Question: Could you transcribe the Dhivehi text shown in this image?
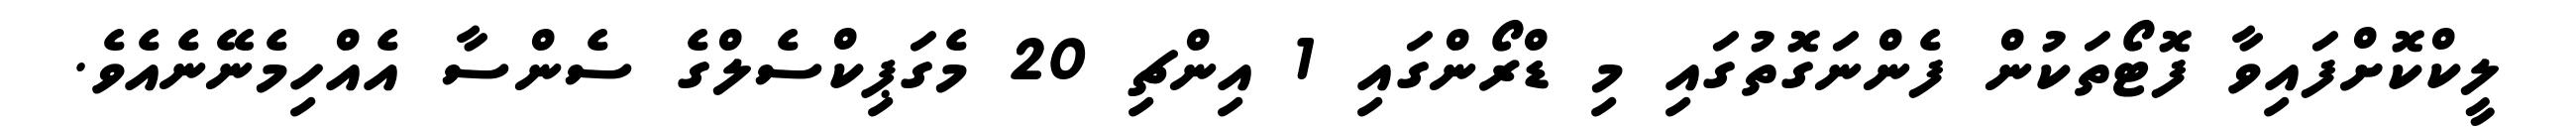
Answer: ލީކްކޮށްފައިވާ ފޮޓޯތަކުން ފެންނަގޮތުގައި މި ޑްރޯންގައި 1 އިންޗި 20 މެގަޕިކްސެލްގެ ސެންސާ އެއްހިމެނޭނެއެވެ.